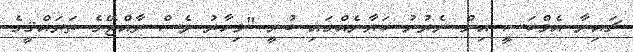
ޗައިނާ އެމްބަސީ އިން ނެރުނު ބަޔާނެއްގައި ބުނީ "މިހާރު ވެސް ރާއްޖޭގެ ތަރައްޤީގެ